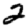
Digit: 2